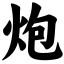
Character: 炮